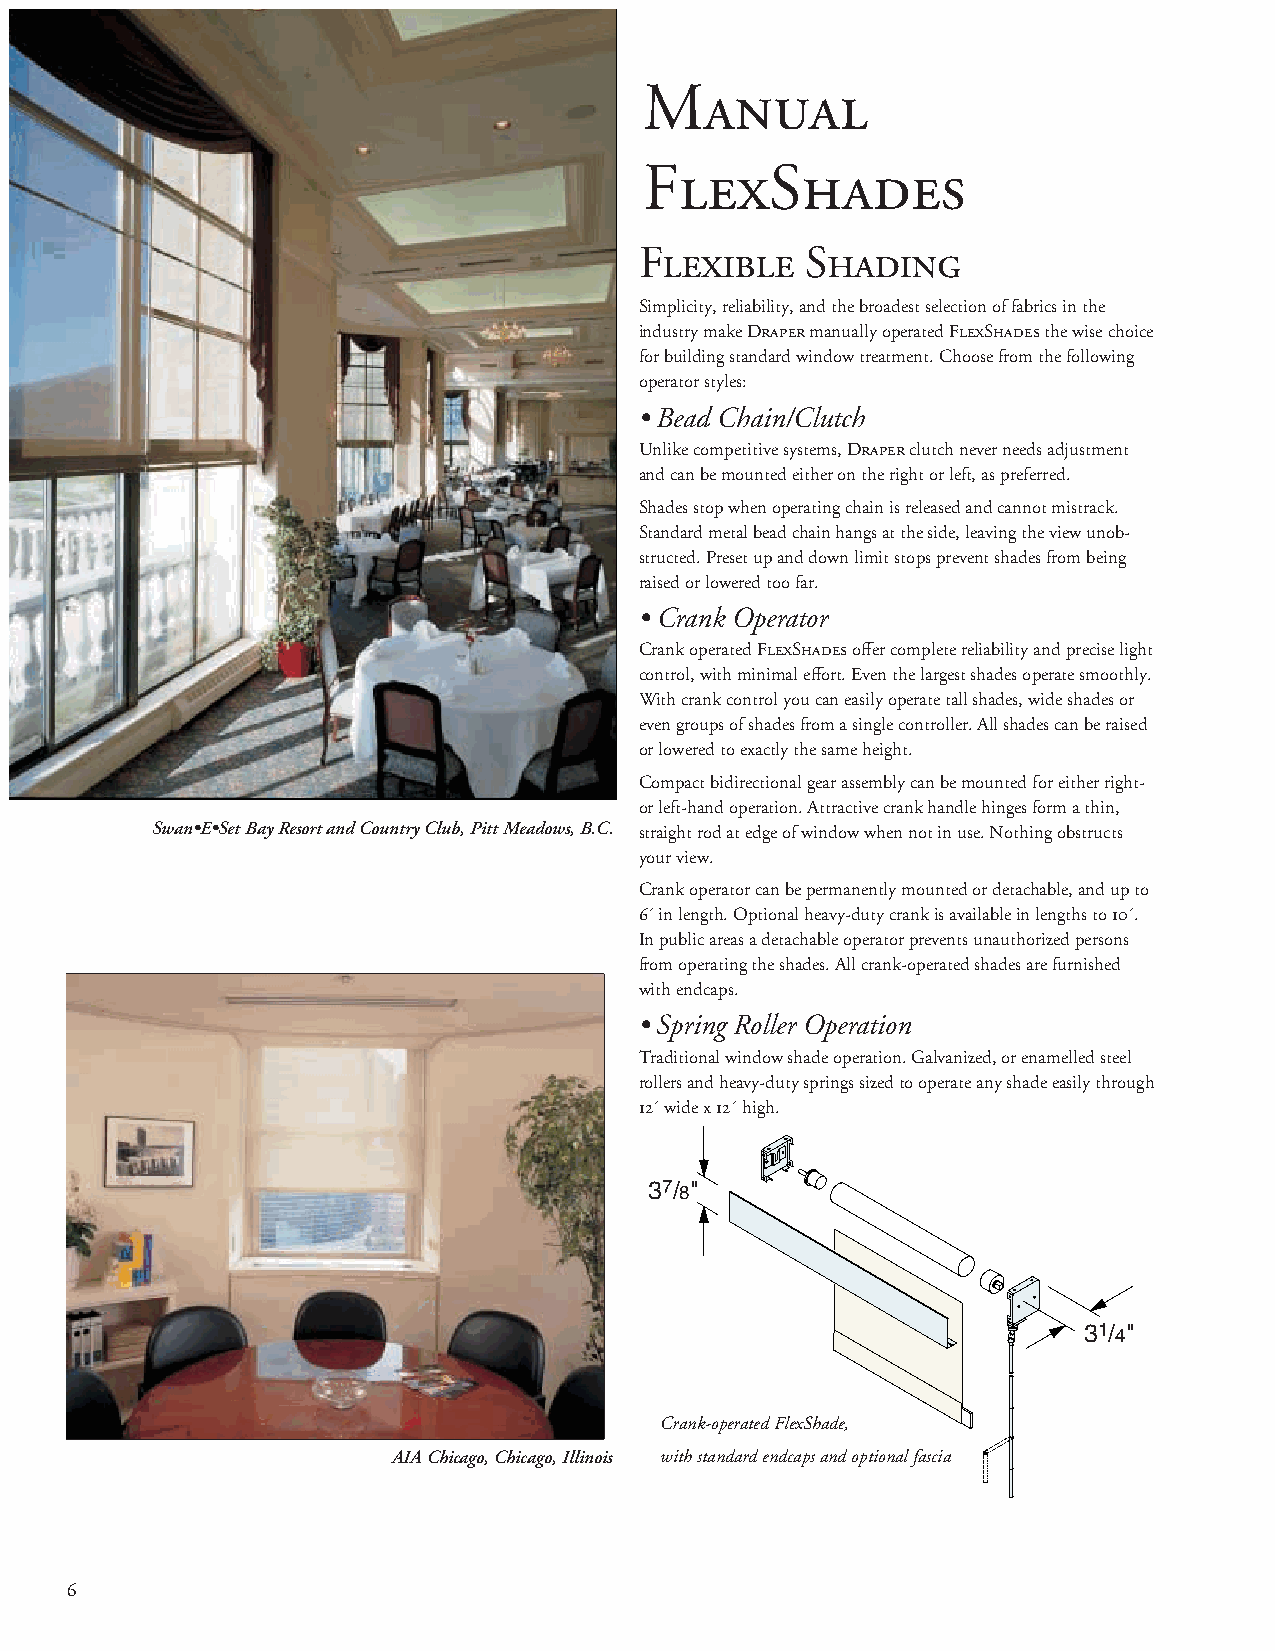
Manual
 FlexShades
 Flexible   Shading
 Simplicity, reliability, and the broadest selection of fabrics in the
 industry make Draper manually operated FlexShades the wise choice
 for building standard window treatment. Choose from the following
 operator styles:
 • Bead Chain/Clutch
 Unlike competitive systems, Draper clutch never needs adjustment
 and can be mounted either on the right or left, as preferred.
 Shades stop when operating chain is released and cannot mistrack.
 Standard metal bead chain hangs at the side, leaving the view unob-
 structed. Preset up and down limit stops prevent shades from being
 raised or lowered too far.
 • Crank Operator
 Crank operated FlexShades offer complete reliability and precise light
 control, with minimal effort. Even the largest shades operate smoothly.
 With crank control you can easily operate tall shades, wide shades or
 even groups of shades from a single controller. All shades can be raised
 or lowered to exactly the same height.
 Compact bidirectional gear assembly can be mounted for either right-
 or left-hand operation. Attractive crank handle hinges form a thin,
 Swan•E•Set Bay Resort and Country Club, Pitt Meadows, B.C. straight rod at edge of window when not in use. Nothing obstructs
 your view.
 Crank operator can be permanently mounted or detachable, and up to
  in length. Optional heavy-duty crank is available in lengths to .
 In public areas a detachable operator prevents unauthorized persons
 from operating the shades. All crank-operated shades are furnished
 with endcaps.
 • Spring Roller Operation
 Traditional window shade operation. Galvanized, or enamelled steel
 rollers and heavy-duty springs sized to operate any shade easily through
  wide x  high.
 37/8"
 31/4"
 Crank-operated FlexShade,
 AIA Chicago, Chicago, Illinois with standard endcaps and optional fascia
 6